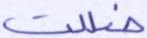
ضللت